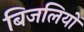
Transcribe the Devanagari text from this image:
बिजलियों